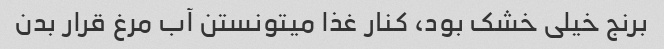
برنج خیلی خشک بود، کنار غذا میتونستن آب مرغ قرار بدن